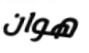
هوان